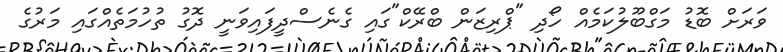
ވަރަށް ބޮޑު މަގްބޫލުކަމެއް ހޯދި "ޕްރިޒަން ބްރޭކް"ގައި ގެނެސްދީފައިވަނީ ދޮގު ތުހުމަތެއްގައި މަރުގެ